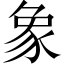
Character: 象